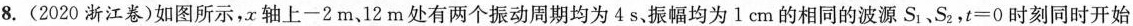
8. (2020浙江卷)如图所示，x轴上-2m、12m处有两个振动周期均为4s、振幅均为1cm的相同的波源S_{1}，S_{2}，t=0时刻同时开始